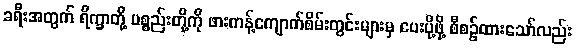
ခရီးအတွက် ရိက္ခာတို့ ပစ္စည်းတို့ကို ဖားကန့်ကျောက်စိမ်းတွင်းများမှ ပေးပို့ဖို့ စီစဉ်ထားသော်လည်း